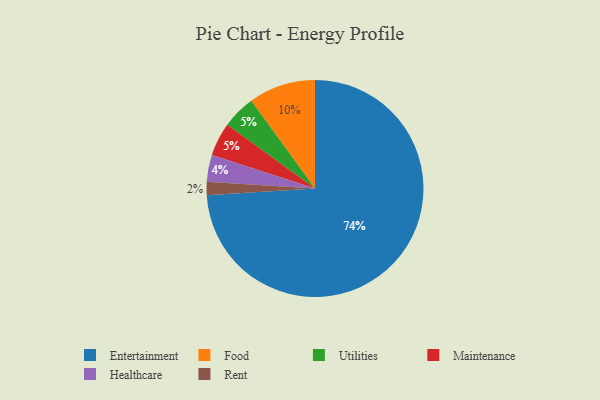
{"axis": {"x": "Category", "y": "Percentage"}, "legend": ["Entertainment", "Food", "Healthcare", "Maintenance", "Rent", "Utilities"], "data": [{"x": "Utilities", "y": 5, "type": "Utilities"}, {"x": "Food", "y": 10, "type": "Food"}, {"x": "Entertainment", "y": 74, "type": "Entertainment"}, {"x": "Rent", "y": 2, "type": "Rent"}, {"x": "Healthcare", "y": 4, "type": "Healthcare"}, {"x": "Maintenance", "y": 5, "type": "Maintenance"}]}